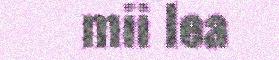
mii lea